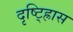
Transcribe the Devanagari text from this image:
दृष्ट्ह्रािस